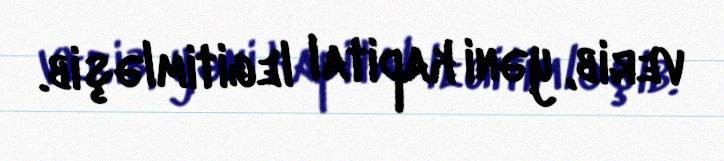
verib, yəni kapital legitimləşib.